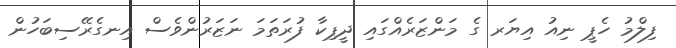
ފިލްމު ހެޕީ ނިއު އިޔަރ ގެ މަންޒަރެއްގައި ދީޕިކާ ފުރަތަމަ ނަޒަރުންވެސް އިނގެރޭސިބަހުން